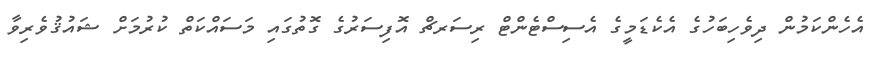
އެހެންކަމުން ދިވެހިބަހުގެ އެކެޑަމީގެ އެސިސްޓެންޓް ރިސަރޗް އޮފިސަރުގެ ގޮތުގައި މަސައްކަތް ކުރުމަށް ޝައުޤުވެރިވާ